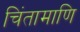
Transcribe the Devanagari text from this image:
चिंतामाणि